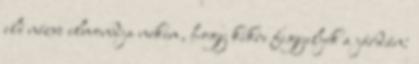
elé nézve elmondja nekem, hogy kikre figyeljek a járdán: